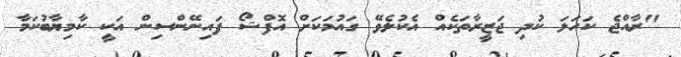
"ރާއްޖެ ކަހަލަ ކުދި ޖަޒީރާތަކެއް އެކުލެވޭ ގައުމަކަށް އޮފްޝޯ ފައިނޭންސިން އަކީ ކާމިޔާބުކަމާ